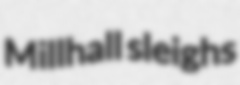
Millhall sleighs